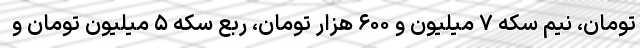
تومان، نیم سکه ۷ میلیون و ۶۰۰ هزار تومان، ربع سکه ۵ میلیون تومان و